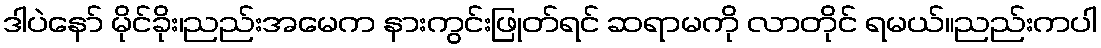
ဒါပဲနော် မိုင်ခိုး၊ညည်းအမေက နားကွင်းဖြုတ်ရင် ဆရာမကို လာတိုင် ရမယ်။ညည်းကပါ